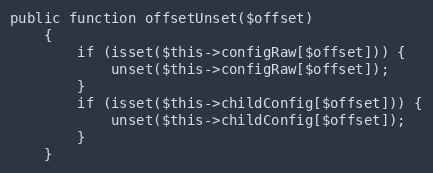
Language: PHP
public function offsetUnset($offset)
    {
        if (isset($this->configRaw[$offset])) {
            unset($this->configRaw[$offset]);
        }
        if (isset($this->childConfig[$offset])) {
            unset($this->childConfig[$offset]);
        }
    }